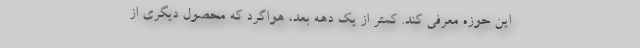
این حوزه معرفی کند. کمتر از یک دهه بعد، هواگرد که محصول دیگری از